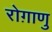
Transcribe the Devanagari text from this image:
रोग़ाणु